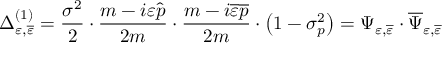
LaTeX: \Delta _ { \varepsilon , \overline { { { \varepsilon } } } } ^ { ( 1 ) } = \frac { \sigma ^ { 2 } } 2 \cdot \frac { m - i \varepsilon \widehat { p } } { 2 m } \cdot \frac { m - i \overline { { { \varepsilon } } } \overline { { { p } } } } { 2 m } \cdot \left( 1 - \sigma _ { p } ^ { 2 } \right) = \Psi _ { \varepsilon , \overline { { { \varepsilon } } } } \cdot \overline { { { \Psi } } } _ { \varepsilon , \overline { { { \varepsilon } } } }